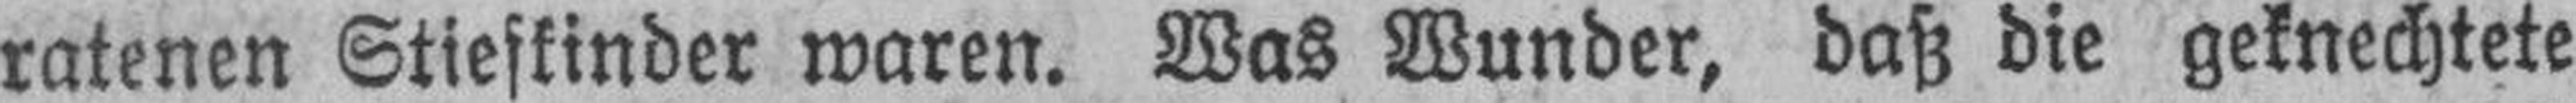
ratenen Stieskinder waren. Was Wunder, daß die geknechtete